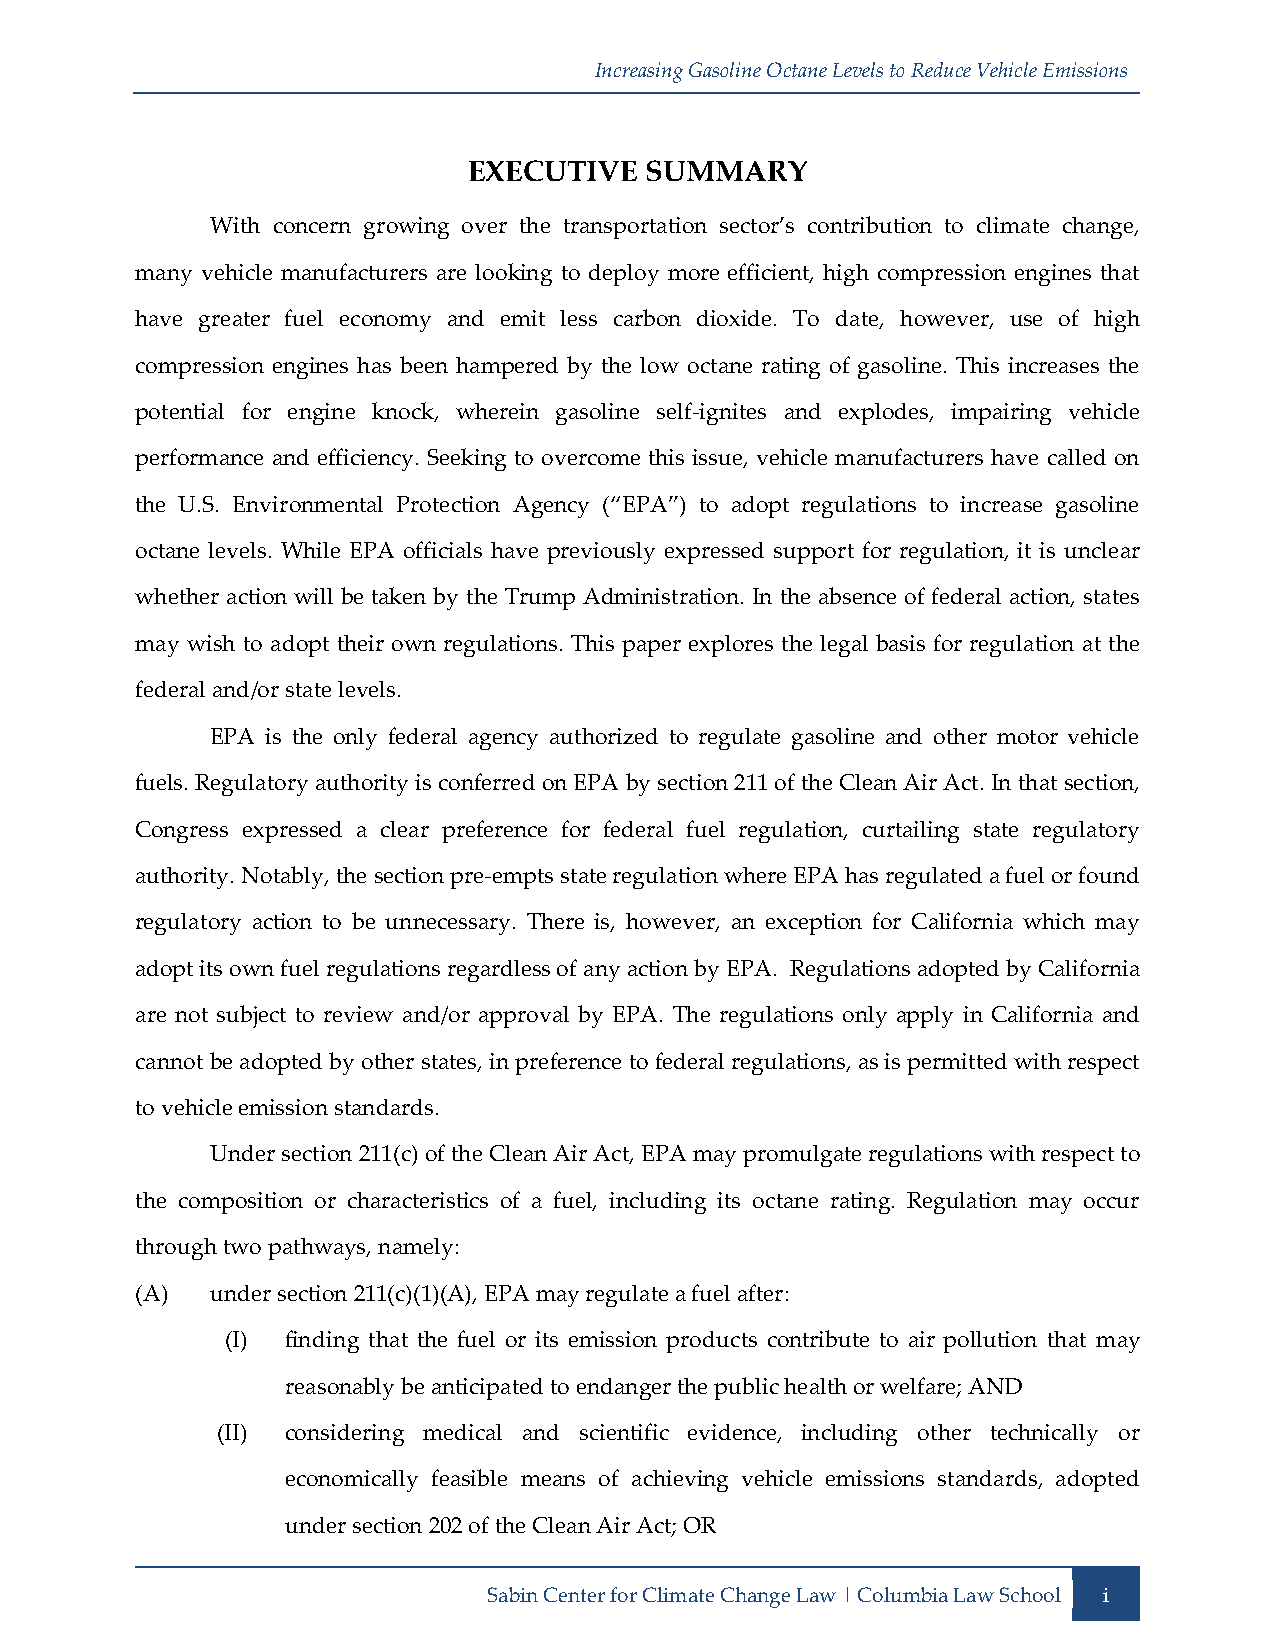
Increasing Gasoline Octane Levels to Reduce Vehicle Emissions
 EXECUTIVE   SUMMARY
 With concern growing over the transportation sector’s contribution to climate change,
 many vehicle manufacturers are looking to deploy more efficient, high compression engines that
 have greater fuel economy and emit less carbon dioxide. To date, however, use of high
 compression engines has been hampered by the low octane rating of gasoline. This increases the
 potential for engine knock, wherein gasoline self-ignites and explodes, impairing vehicle
 performance and efficiency. Seeking to overcome this issue, vehicle manufacturers have called on
 the U.S. Environmental Protection Agency (“EPA”) to adopt regulations to increase gasoline
 octane levels. While EPA officials have previously expressed support for regulation, it is unclear
 whether action will be taken by the Trump Administration. In the absence of federal action, states
 may wish to adopt their own regulations. This paper explores the legal basis for regulation at the
 federal and/or state levels.
 EPA is the only federal agency authorized to regulate gasoline and other motor vehicle
 fuels. Regulatory authority is conferred on EPA by section 211 of the Clean Air Act. In that section,
 Congress expressed a clear preference for federal fuel regulation, curtailing state regulatory
 authority. Notably, the section pre-empts state regulation where EPA has regulated a fuel or found
 regulatory action to be unnecessary. There is, however, an exception for California which may
 adopt its own fuel regulations regardless of any action by EPA. Regulations adopted by California
 are not subject to review and/or approval by EPA. The regulations only apply in California and
 cannot be adopted by other states, in preference to federal regulations, as is permitted with respect
 to vehicle emission standards.
 Under section 211(c) of the Clean Air Act, EPA may promulgate regulations with respect to
 the composition or characteristics of a fuel, including its octane rating. Regulation may occur
 through two pathways, namely:
 (A)  under section 211(c)(1)(A), EPA may regulate a fuel after:
 (I) finding that the fuel or its emission products contribute to air pollution that may
 reasonably be anticipated to endanger the public health or welfare; AND
 (II) considering medical and scientific evidence, including other technically or
 economically feasible means of achieving vehicle emissions standards, adopted
 under section 202 of the Clean Air Act; OR
 Sabin Center for Climate Change Law | Columbia Law School i